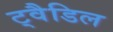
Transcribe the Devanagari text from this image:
ट्वैडिल